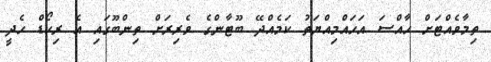
ތިމާވެއްޓަށް ހާއްސަ އަހައްމިއްޔަތު ކަމެއްދޭ ބޫޓާންގެ ވެރިރަށް ތިންބޫގައި އެ ރިކޯޑް ހެދީ